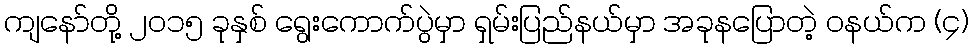
ကျနော်တို့ ၂၀၁၅ ခုနှစ် ရွေးကောက်ပွဲမှာ ရှမ်းပြည်နယ်မှာ အခုနပြောတဲ့ ဝနယ်က (၄)